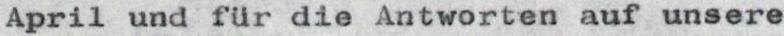
April und für die Antworten auf unsere